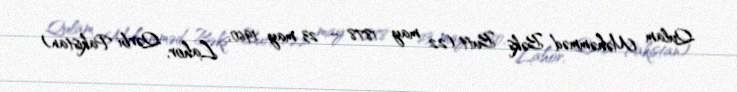
Qulam Məhəmməd Bəkş Butt (22 may 1878 – 23 may 1960, Lahor, Qərbi Pakistan)